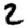
Digit: 2